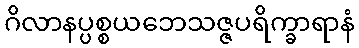
ဂိလာနပ္ပစ္စယဘေသဇ္ဇပရိက္ခာရာနံ